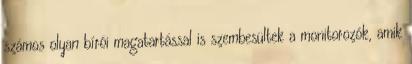
számos olyan bírói magatartással is szembesültek a monitorozók, amik